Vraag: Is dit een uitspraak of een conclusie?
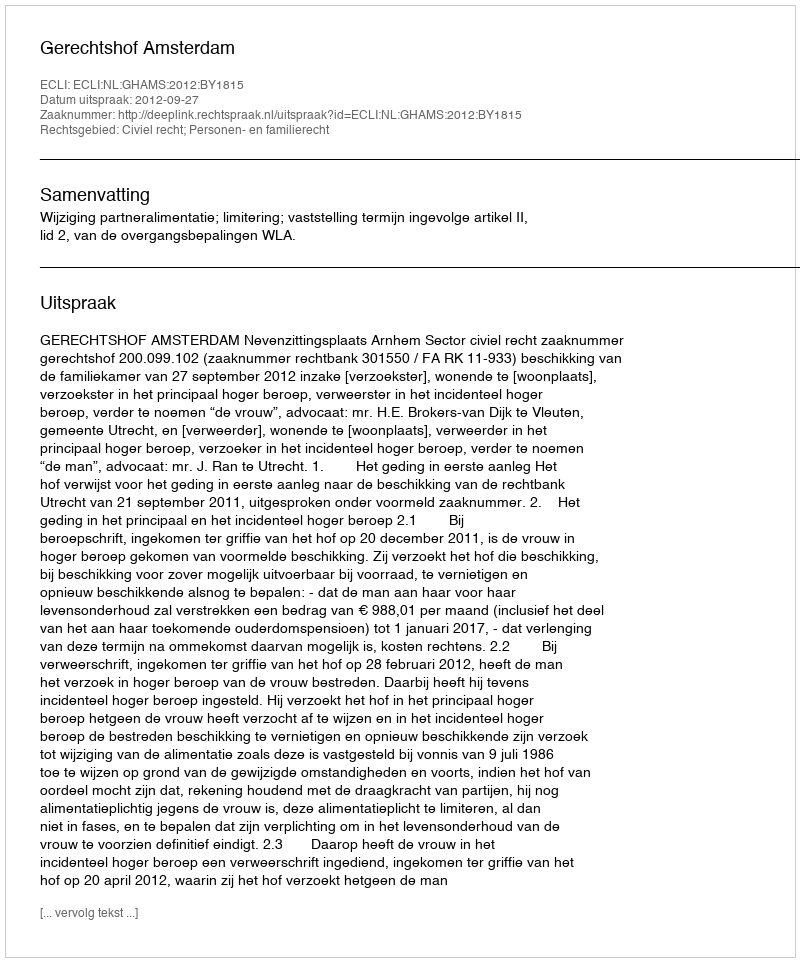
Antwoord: Uitspraak